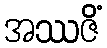
အဿဇိံ